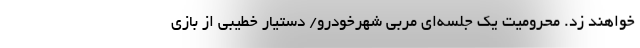
خواهند زد. محرومیت یک جلسه‌ای مربی شهرخودرو/ دستیار خطیبی از بازی